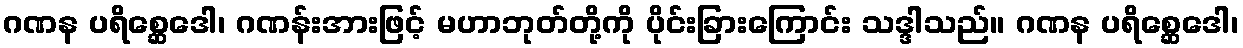
ဂဏန ပရိစ္ဆေဒေါ၊ ဂဏန်းအားဖြင့် မဟာဘုတ်တို့ကို ပိုင်းခြားကြောင်း သဒ္ဒါသည်။ ဂဏန ပရိစ္ဆေဒေါ၊